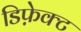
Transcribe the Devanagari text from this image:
डिफ़ेक्ट